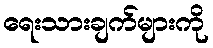
ရေးသားချက်များကို